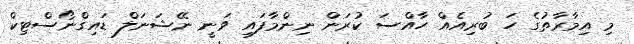
މި އިމާރާތުގެ ހަ ބުރިއެއް ހާއްސަ ކުރަން ނިންމާފައި ވަނީ ނޭޝަނަލް ޑައިގްނޯސްޓިކް